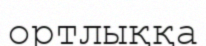
ортлыққа